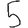
Digit: 5